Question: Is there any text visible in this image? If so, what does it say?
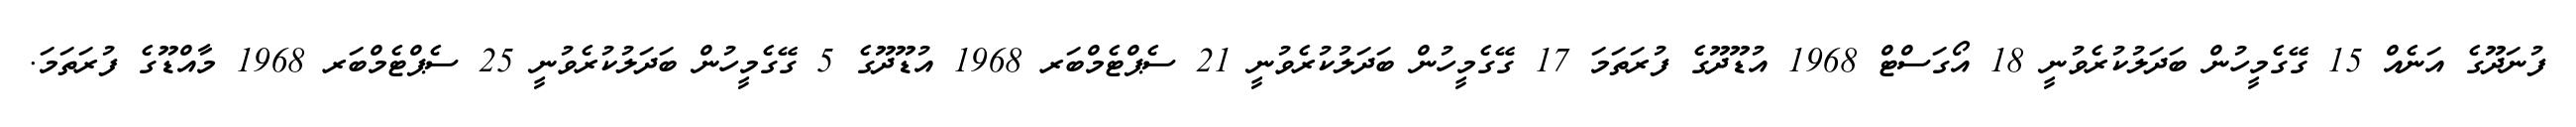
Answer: ފުނަދޫގެ އަނެއް 15 ގޭގެމީހުން ބަދަލުކުރެވުނީ 18 އޯގަސްޓް 1968 އުޑޫދޫގެ ފުރަތަމަ 17 ގޭގެމީހުން ބަދަލުކުރެވުނީ 21 ސެޕްޓެމްބަރ 1968 އުޑޫދޫގެ 5 ގޭގެމީހުން ބަދަލުކުރެވުނީ 25 ސެޕްޓެމްބަރ 1968 މާއްޑޫގެ ފުރަތަމަ.